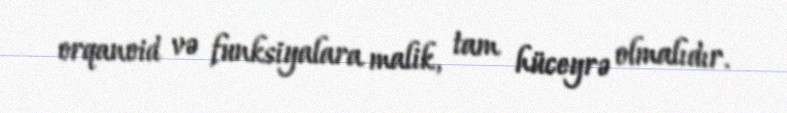
orqanoid və funksiyalara malik, tam hüceyrə olmalıdır.